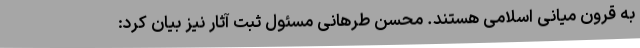
به قرون میانی اسلامی هستند. محسن طرهانی مسئول ثبت آثار نیز بیان کرد: